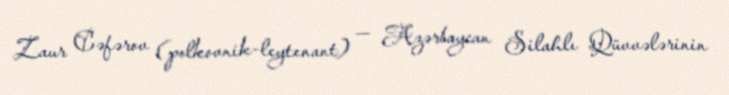
Zaur Cəfərov (polkovnik-leytenant) — Azərbaycan Silahlı Qüvvələrinin